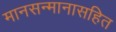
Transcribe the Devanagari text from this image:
मानसन्मानासहित